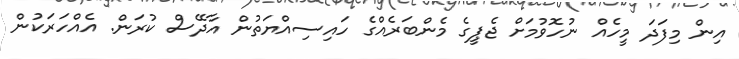
އިން މިފަދަ މީހެއް ނުހޮވުމަށް ޖެޕީގެ މެންބަރެއްގެ ހައިސިއްޔަތުން އާދޭސް ކުރަން. އެއްހަރަކުން